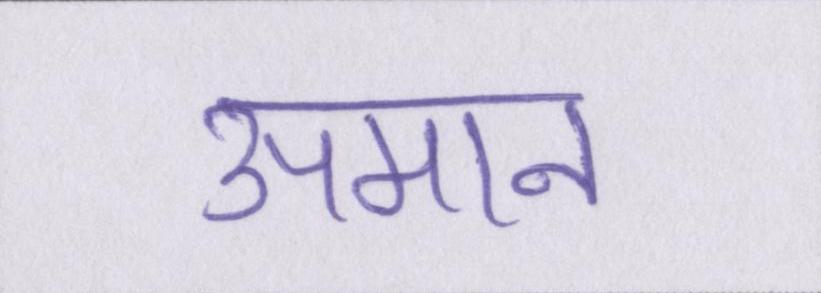
उपमान